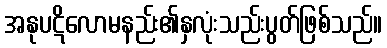
အနုပဋိလောမနည်း၏နှလုံးသည်းပွတ်ဖြစ်သည်။